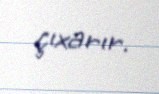
çıxarır.